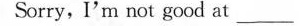
Sorry, I'm not good at _.